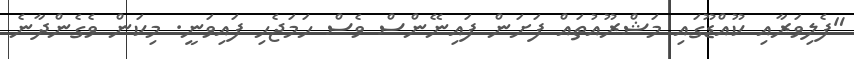
"ފެލިވަރާއި ކޫއްޑޫގައި މަޝްރޫއުތައް ފަށަން ފައިނޭންސް ވެސް ހަމަޖެހި ފައިވަނީ. މިކަން ވެގެންދާނެ